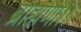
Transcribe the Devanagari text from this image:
ब्राह्मणा।।